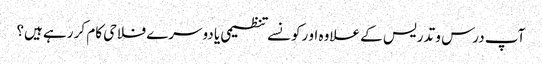
آپ درس و تدریس کے علاوہ او رکونسے تنظیمی یا دوسرے فلاحی کام کر رہے ہیں؟